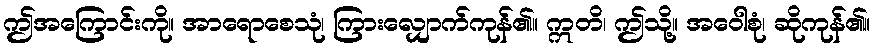
ဤအကြောင်းကို။ အာရောစေသုံ၊ ကြားလျှောက်ကုန်၏။ ဣတိ၊ ဤသို့။ အဝေါစုံ၊ ဆိုကုန်၏။